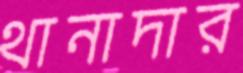
থানাদার